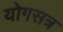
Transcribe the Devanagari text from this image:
योगसत्र